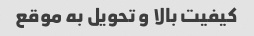
کیفیت بالا و تحویل به موقع